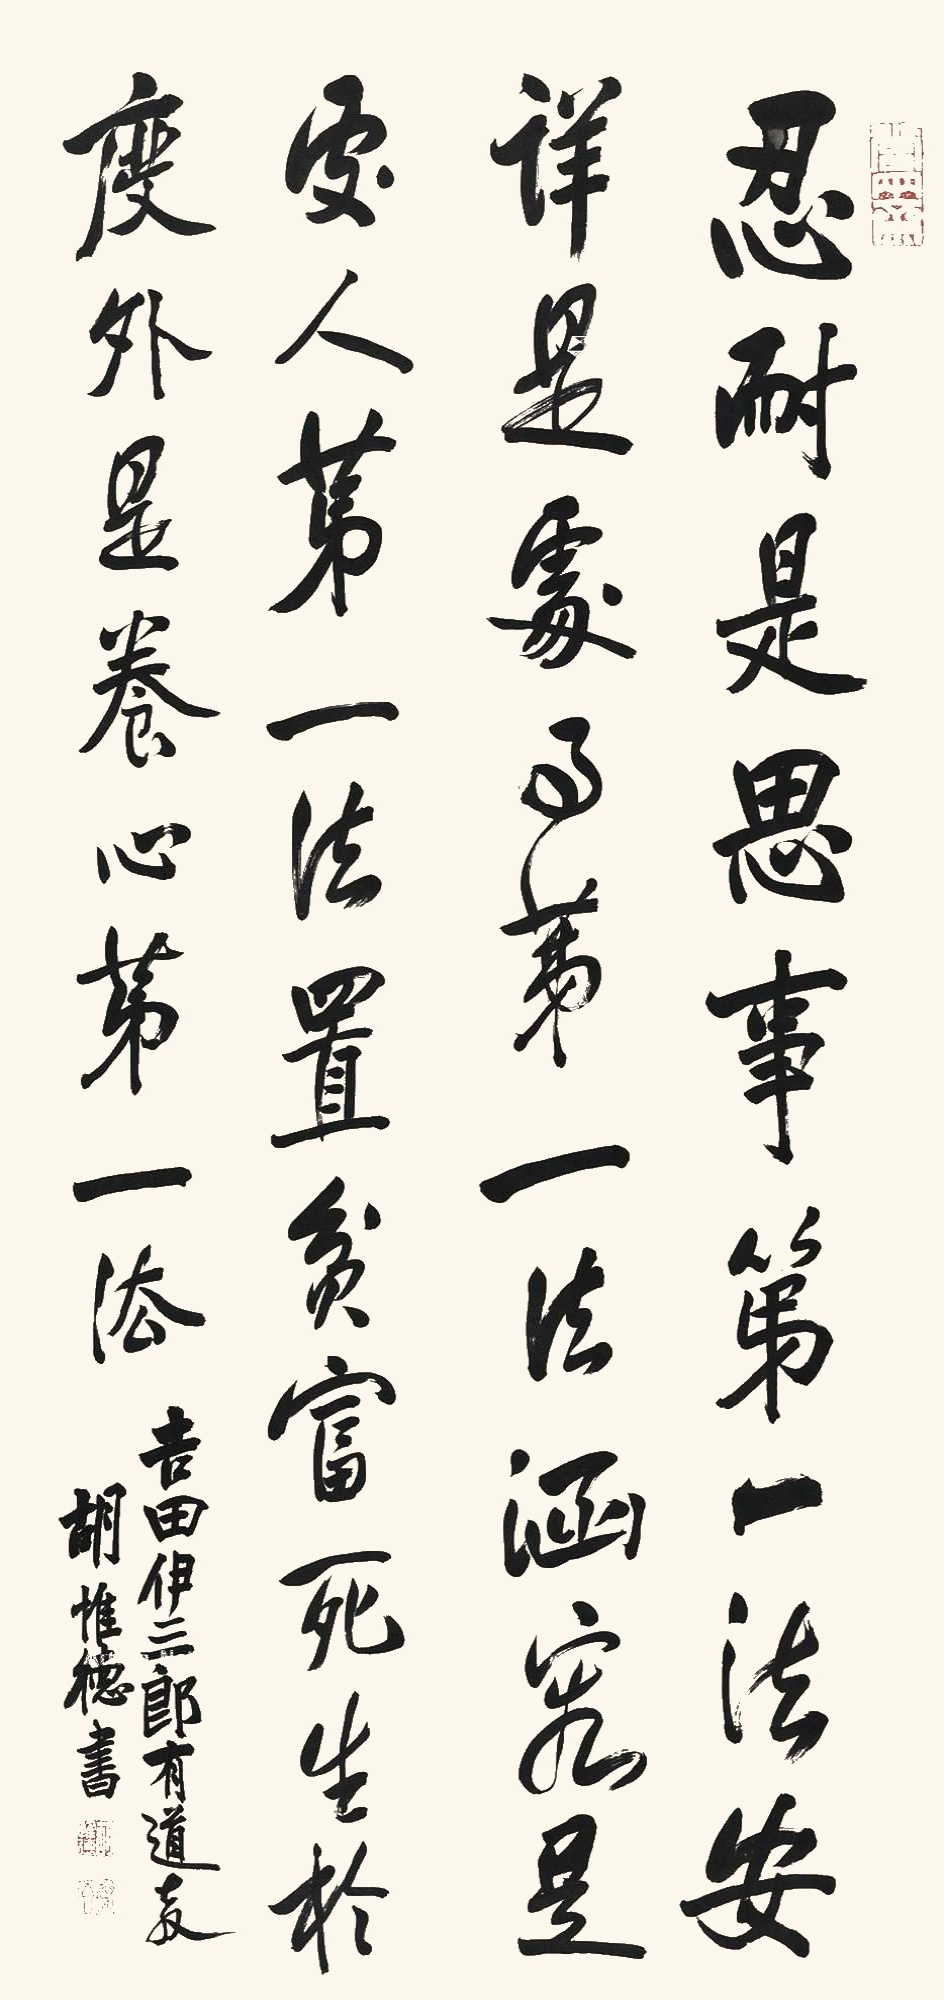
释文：忍耐是思事第一法，安详是处事第一法，涵容是处人第一法，置贫富死生于度外是养心第一法。吉田伊三郎有道教，胡惟德书。